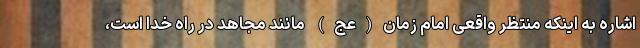
اشاره به اینکه منتظر واقعی امام زمان(عج) مانند مجاهد در راه خدا است،